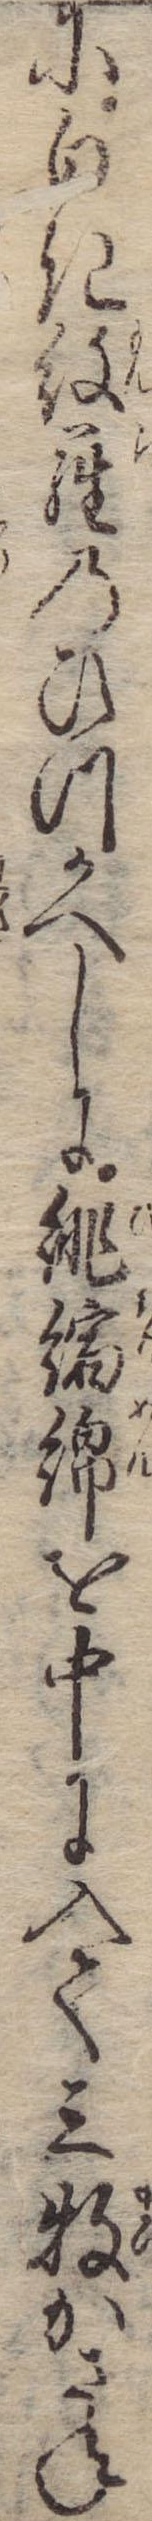
に白き紋羅のひつかへしに緋縮綿を中に入て三牧かさね